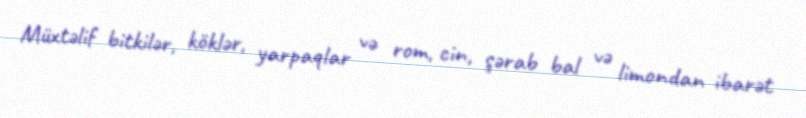
Müxtəlif bitkilər, köklər, yarpaqlar və rom, cin, şərab bal və limondan ibarət